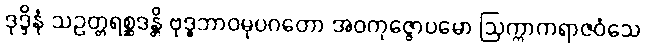
ဒုဒ္ဒိနံ သဥတ္တရစ္ဆဒန္တိ ဗုဒ္ဓဘာဝမုပဂတော အဝကုဇ္ဇောပမော ဩက္ကာကရာဇဝံသေ